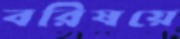
বরিষয়ে